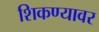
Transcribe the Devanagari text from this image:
शिकण्यावर